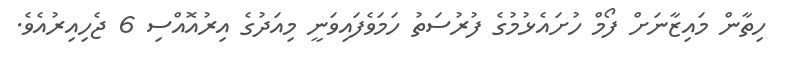
ހިތާން މައިޒާނަށް ފޯމް ހުށައެޅުމުގެ ފުރުސަތު ހަމަވެފައިވަނީ މިއަދުގެ އިރުއޮއްސި 6 ޖެހިއިރުއެވެ.